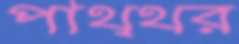
পাথ্থর